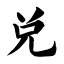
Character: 兑